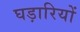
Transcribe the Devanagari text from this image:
घड़ारियों